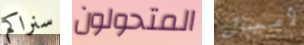
سنراكم المتحولون لأميال